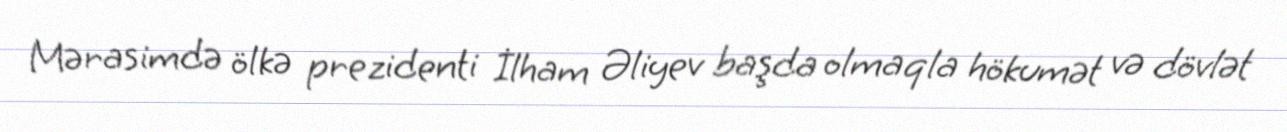
Mərasimdə ölkə prezidenti İlham Əliyev başda olmaqla hökumət və dövlət